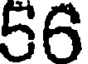
56